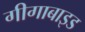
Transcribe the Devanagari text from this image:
गीगाबाइड